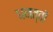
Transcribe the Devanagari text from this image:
धनत्वों